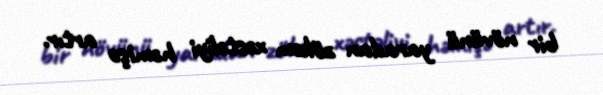
bir növünü yaradan zökəm xəstəliyi həmişə artır.